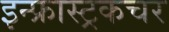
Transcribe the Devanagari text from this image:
इन्फ्रास्ट्रकचर